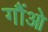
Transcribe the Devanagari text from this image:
गौंओ